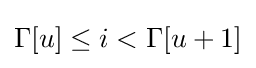
\Gamma [u]\leq i<\Gamma [u+1]